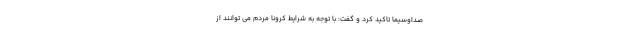
صداوسیما تاکید کرد و گفت: با توجه به شرایط کرونا مردم می توانند از